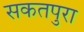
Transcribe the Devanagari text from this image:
सकतपुरा